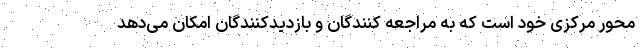
محور مرکزی خود است که به مراجعه کنندگان و بازدیدکنندگان امکان می‌دهد